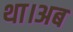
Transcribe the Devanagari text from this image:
था।अब